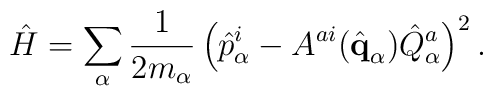
\hat H = \sum_\alpha {1\over 2 m_\alpha}\left(\hat p^i_\alpha-A^{ai}(\hat{\bf q}_\alpha)\hat Q^a_\alpha\right)^2.